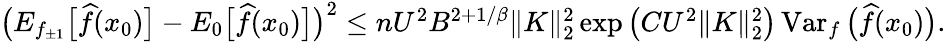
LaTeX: \begin{array}{r}{\big(E_{f_{\pm 1}}\big[\widehat f(x_{0})\big]-E_{0}\big[\widehat f(x_{0})\big]\big)^{2}\leq nU^{2}B^{2+1/\beta}\| K\| _{2}^{2}\exp\big(CU^{2}\| K\| _{2}^{2}\big)\operatorname{Var}_{f}\big(\widehat f(x_{0})\big).}\end{array}